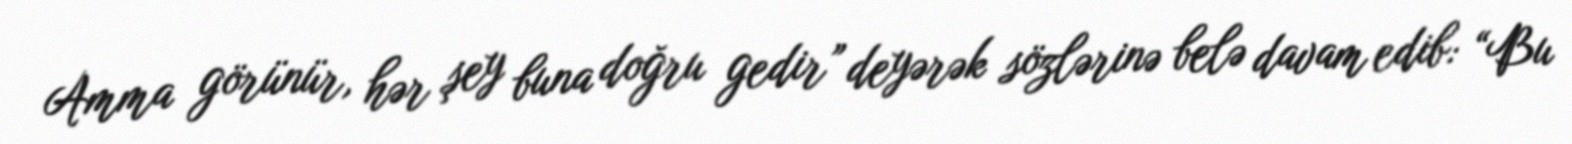
Amma görünür, hər şey buna doğru gedir” deyərək sözlərinə belə davam edib: “Bu